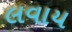
લવાય